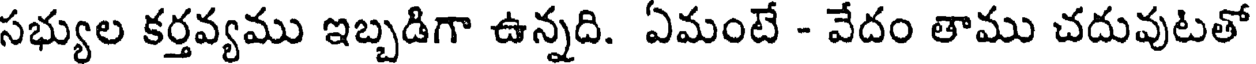
సభ్యుల కర్తవ్యము ఇబ్బడిగా ఉన్నది. ఏమంటే - వేదం తాము చదువుటతో